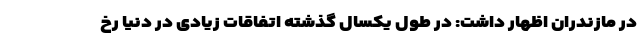
در مازندران اظهار داشت: در طول یکسال گذشته اتفاقات زیادی در دنیا رخ